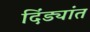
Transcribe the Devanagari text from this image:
दिंड्यांत